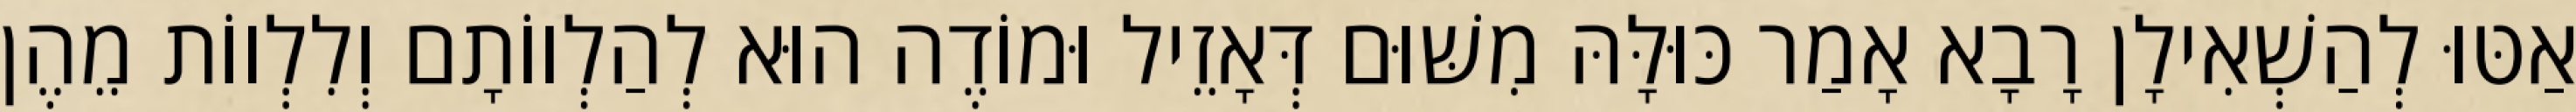
אַטּוּ לְהַשְׁאִילָן רָבָא אָמַר כּוּלָּהּ מִשּׁוּם דְּאָזֵיל וּמוֹדֶה הוּא לְהַלְווֹתָם וְלִלְווֹת מֵהֶן